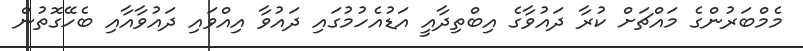
މެމްބަރުންގެ މައްޗަށް ކުރާ ދައުވާގެ އިބްތިދާއީ އަޑުއެހުމުގައި ދައުވާ އިއްވައި ދައުވާއާއި ބެހޭގޮތުން